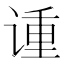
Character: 𫍳